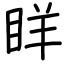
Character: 眻